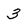
Character: 3